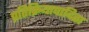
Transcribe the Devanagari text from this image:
प्रतिक्रियावादिता